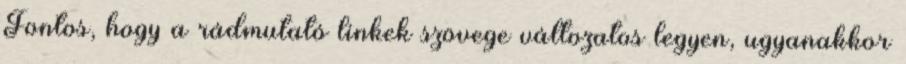
Fontos, hogy a rádmutató linkek szövege változatos legyen, ugyanakkor